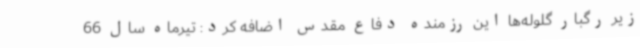
زیر رگبار گلوله‌ها این رزمنده دفاع مقدس اضافه کرد: تیرماه سال 66